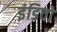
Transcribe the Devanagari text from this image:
इंडिवो